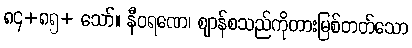
၈၄+၈၅+ သော်။ နီဝရဏေ၊ ဈာန်စသည်ကိုတားမြစ်တတ်သော